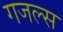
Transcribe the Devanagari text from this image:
गजल्स